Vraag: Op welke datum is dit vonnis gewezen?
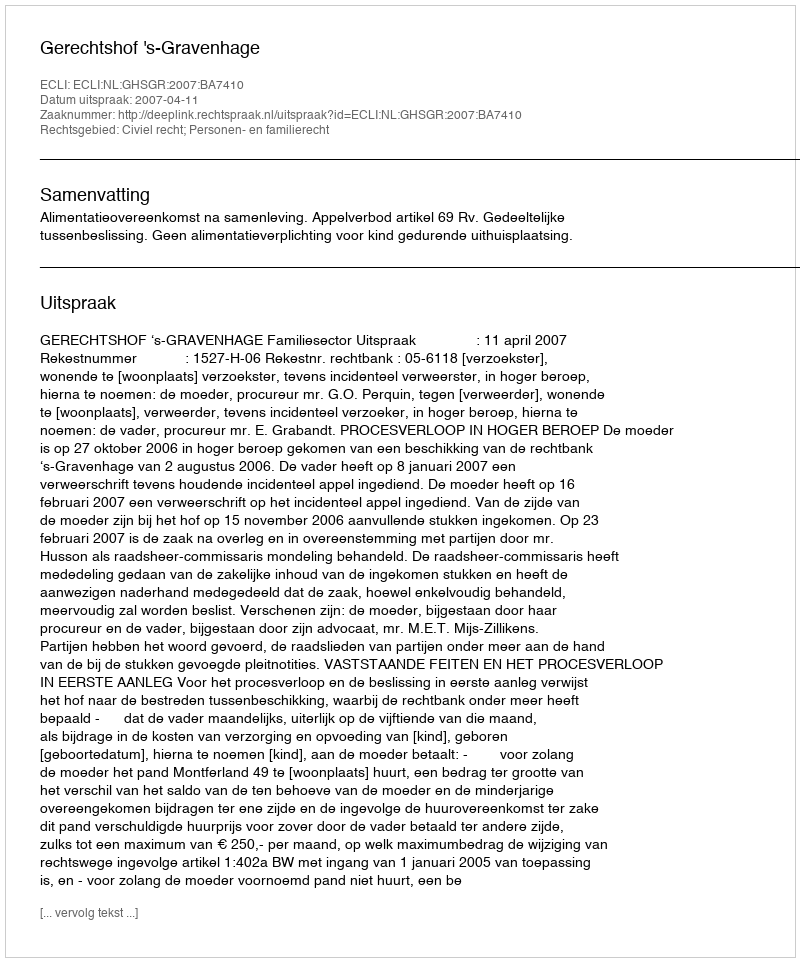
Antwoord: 2007-04-11